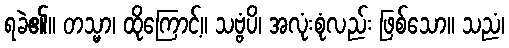
ရခဲ၏။ တသ္မာ၊ ထိုကြောင့်။ သဗ္ဗံပိ၊ အလုံးစုံလည်း ဖြစ်သော။ သညံ၊